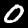
Label: 0